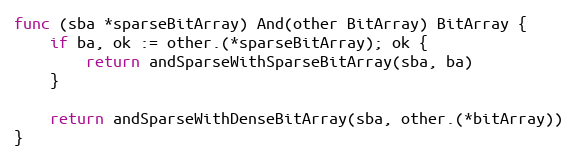
Language: Go
func (sba *sparseBitArray) And(other BitArray) BitArray {
	if ba, ok := other.(*sparseBitArray); ok {
		return andSparseWithSparseBitArray(sba, ba)
	}

	return andSparseWithDenseBitArray(sba, other.(*bitArray))
}